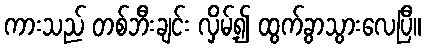
ကားသည် တစ်ဘီးချင်း လှိမ့်၍ ထွက်ခွာသွားလေပြီ။